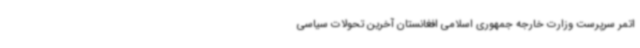
اتمر سرپرست وزارت خارجه جمهوری اسلامی افغانستان آخرین تحولات سیاسی